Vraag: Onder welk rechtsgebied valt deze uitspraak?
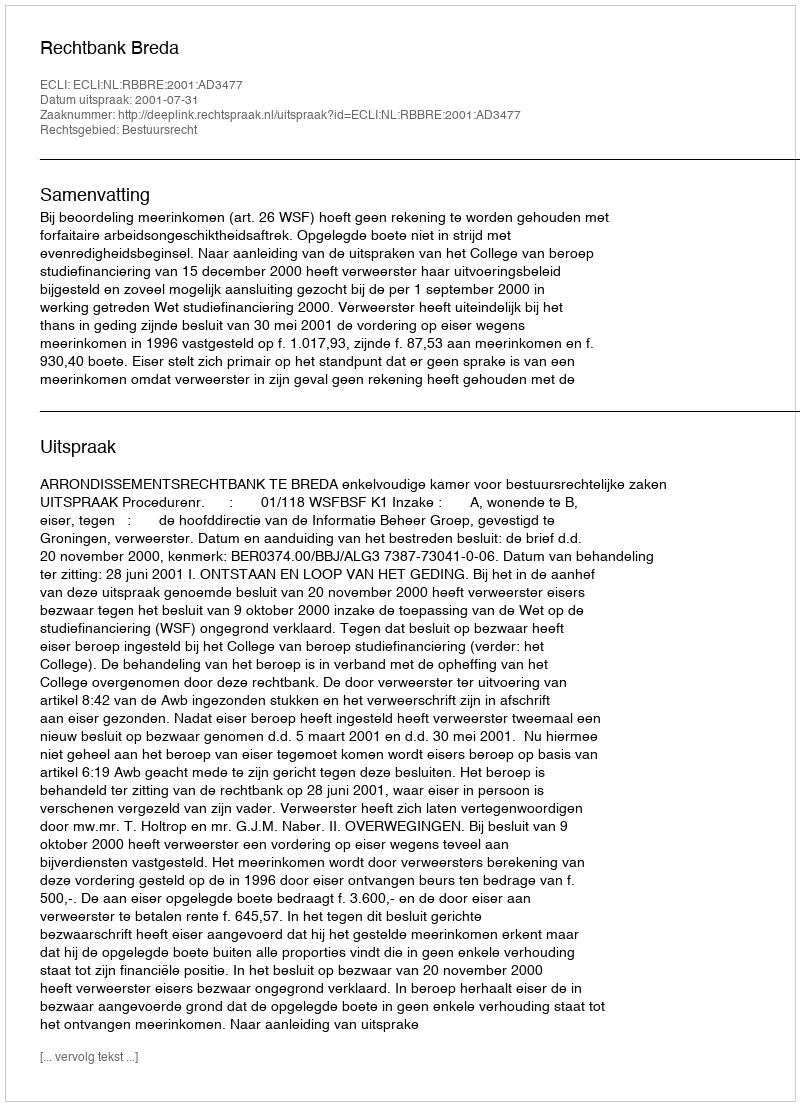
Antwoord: Bestuursrecht